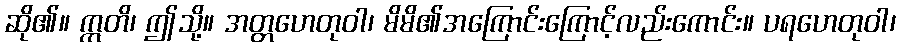
ဆို၏။ ဣတိ၊ ဤသို့။ အတ္တဟေတုဝါ၊ မိမိ၏အကြောင်းကြောင့်လည်းကောင်း။ ပရဟေတုဝါ၊